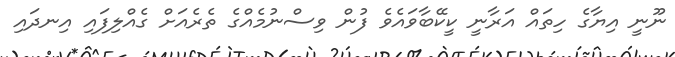
ނޫނީ އިޔާގެ ހިތައް އަރާނީ ކީކޭބާވައެވެ ފުން ވިސްނުމެއްގެ ތެރެއަށް ގެއްލިފައި އިނދައި